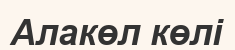
Алакөл көлі